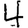
Digit: 4